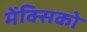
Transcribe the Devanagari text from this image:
मेंक्सिको